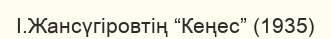
І.Жансүгіровтің “Кеңес” (1935)